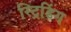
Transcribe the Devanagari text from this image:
स्ट्रिडिंग